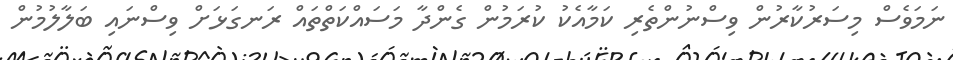
ނަމަވެސް މިސަރުކާރުން ވިސްނުންތެރި ކަމާއެކު ކުރަމުން ގެންދާ މަސައްކަތްތައް ރަނގަޅަށް ވިސްނައި ބަލާލުމުން